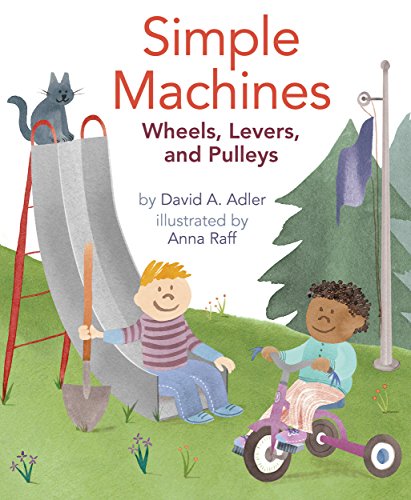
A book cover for Simple Machines: Wheels, Levers, and Pulleys; David A. Adler; Children's Books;